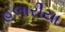
હલારીયા